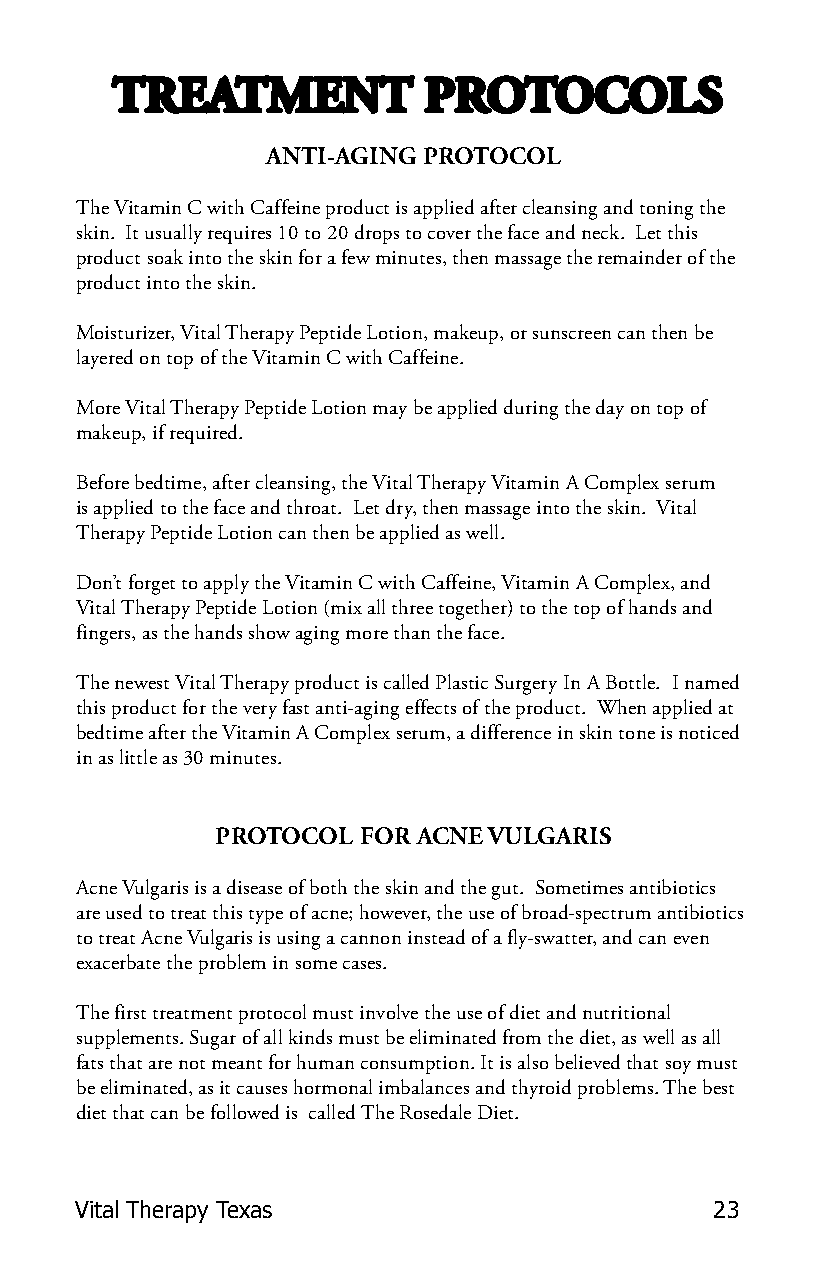
TREATMENT            PROTOCOLS
 ANTI-AGING PROTOCOL
 The Vitamin C with Caffeine product is applied after cleansing and toning the
 skin. It usually requires 10 to 20 drops to cover the face and neck. Let this
 product soak into the skin for a few minutes, then massage the remainder of the
 product into the skin.
 Moisturizer, Vital Therapy Peptide Lotion, makeup, or sunscreen can then be
 layered on top of the Vitamin C with Caffeine.
 More Vital Therapy Peptide Lotion may be applied during the day on top of
 makeup, if required.
 Before bedtime, after cleansing, the Vital Therapy Vitamin A Complex serum
 is applied to the face and throat. Let dry, then massage into the skin. Vital
 Therapy Peptide Lotion can then be applied as well.
 Don’t forget to apply the Vitamin C with Caffeine, Vitamin A Complex, and
 Vital Therapy Peptide Lotion (mix all three together) to the top of hands and
 fingers, as the hands show aging more than the face.
 The newest Vital Therapy product is called Plastic Surgery In A Bottle. I named
 this product for the very fast anti-aging effects of the product. When applied at
 bedtime after the Vitamin A Complex serum, a difference in skin tone is noticed
 in as little as 30 minutes.
 PROTOCOL  FOR ACNE VULGARIS
 Acne Vulgaris is a disease of both the skin and the gut. Sometimes antibiotics
 are used to treat this type of acne; however, the use of broad-spectrum antibiotics
 to treat Acne Vulgaris is using a cannon instead of a fly-swatter, and can even
 exacerbate the problem in some cases.
 The first treatment protocol must involve the use of diet and nutritional
 supplements. Sugar of all kinds must be eliminated from the diet, as well as all
 fats that are not meant for human consumption. It is also believed that soy must
 be eliminated, as it causes hormonal imbalances and thyroid problems. The best
 diet that can be followed is called The Rosedale Diet.
 Vital Therapy Texas                       23